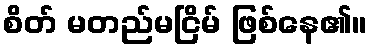
စိတ် မတည်မငြိမ် ဖြစ်နေ၏။